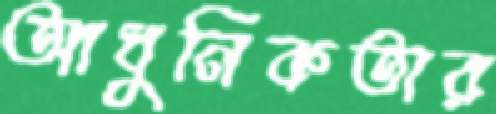
আধুনিকতার